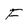
Character: F